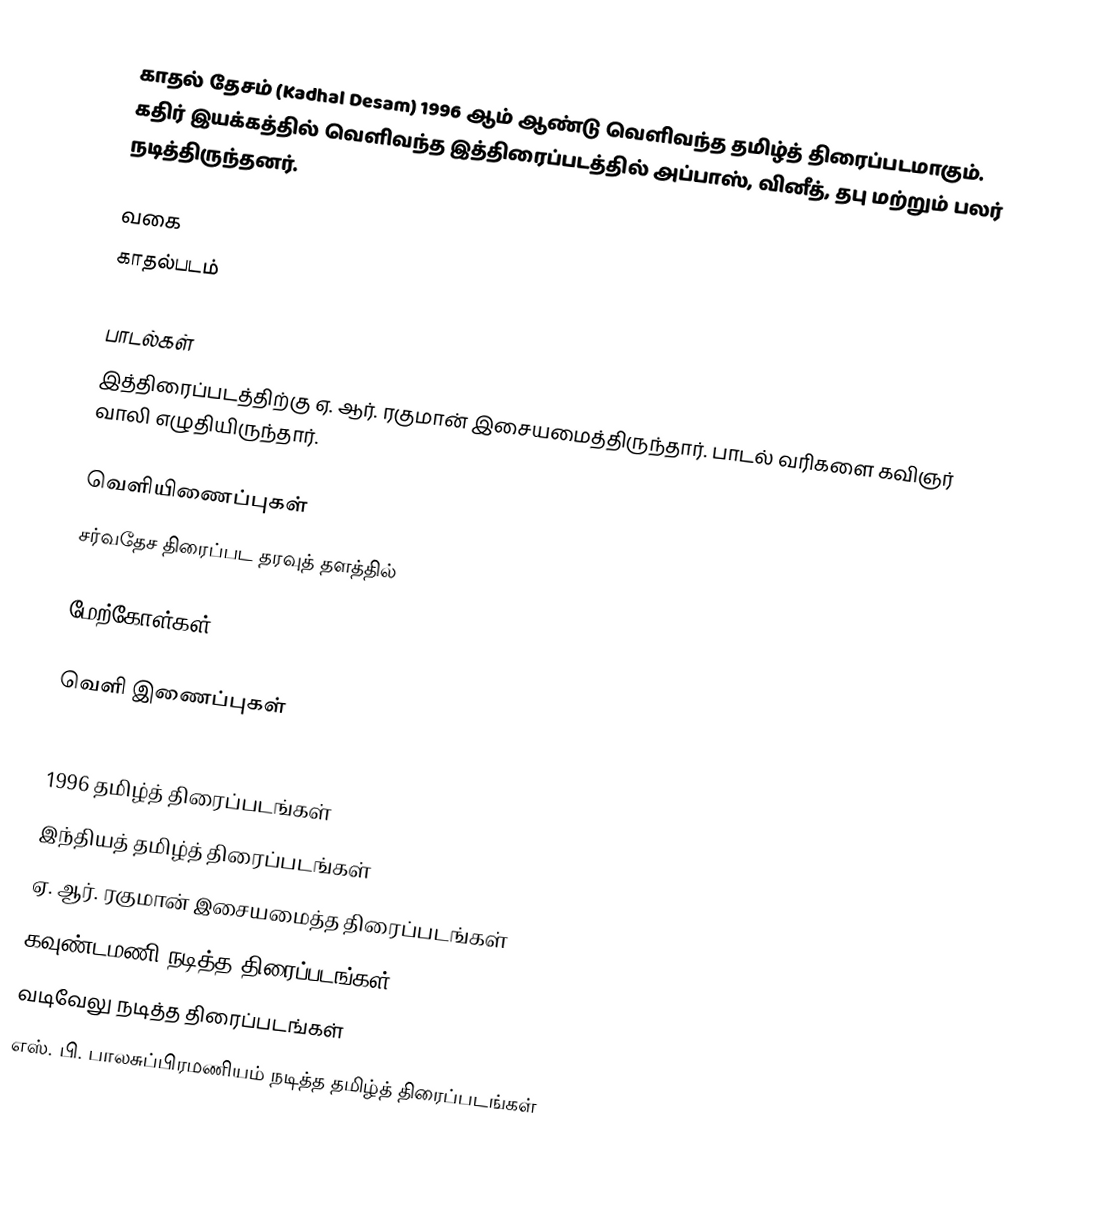
காதல் தேசம் (Kadhal Desam) 1996 ஆம் ஆண்டு வெளிவந்த தமிழ்த் திரைப்படமாகும். கதிர் இயக்கத்தில் வெளிவந்த இத்திரைப்படத்தில் அப்பாஸ், வினீத், தபு மற்றும் பலர் நடித்திருந்தனர்.

வகை
காதல்படம்

பாடல்கள்
இத்திரைப்படத்திற்கு ஏ. ஆர். ரகுமான் இசையமைத்திருந்தார். பாடல் வரிகளை கவிஞர் வாலி எழுதியிருந்தார்.

வெளியிணைப்புகள்
சர்வதேச திரைப்பட தரவுத் தளத்தில்

மேற்கோள்கள்

வெளி இணைப்புகள்

1996 தமிழ்த் திரைப்படங்கள்
இந்தியத் தமிழ்த் திரைப்படங்கள்
ஏ. ஆர். ரகுமான் இசையமைத்த திரைப்படங்கள்
கவுண்டமணி நடித்த திரைப்படங்கள்
வடிவேலு நடித்த திரைப்படங்கள்
எஸ். பி. பாலசுப்பிரமணியம் நடித்த தமிழ்த் திரைப்படங்கள்